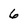
Character: 6